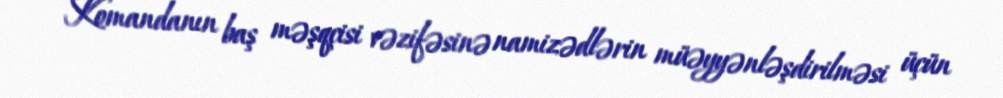
Komandanın baş məşqçisi vəzifəsinə namizədlərin müəyyənləşdirilməsi üçün